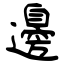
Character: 邊